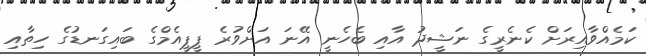
ކަމެއްވާއިރަށް ކެނެރީގެ ނަޝީދު އާއި ބެހެނީ އޭނަ އަށްވުރެ ޕީޕީއެމްގެ ބައިގަނޑުގެ ހިތާއި